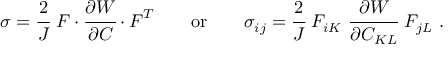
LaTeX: { \boldsymbol { \sigma } } = { \cfrac { 2 } { J } } ~ { \boldsymbol { F } } \cdot { \cfrac { \partial W } { \partial { \boldsymbol { C } } } } \cdot { \boldsymbol { F } } ^ { T } \qquad { \mathrm { o r } } \qquad \sigma _ { i j } = { \cfrac { 2 } { J } } ~ F _ { i K } ~ { \cfrac { \partial W } { \partial C _ { K L } } } ~ F _ { j L } ~ .